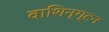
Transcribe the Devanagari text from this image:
वाशिन्ग्टन